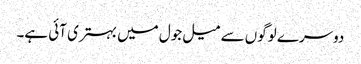
دوسرے لوگوں سے میل جول میں بہتری آئی ہے۔